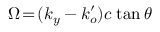
\Omega \! = \! ( k _ { y } - k _ { o } ^ { \prime } ) c \; \mathrm { t a n } \, \theta